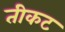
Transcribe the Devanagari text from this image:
तीकट